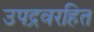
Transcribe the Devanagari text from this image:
उपद्रवरहित